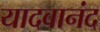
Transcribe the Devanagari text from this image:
यादवानंद